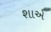
શાએ